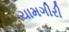
ચામગીરી